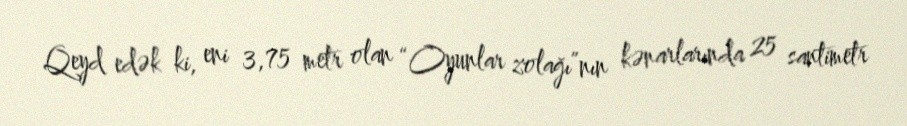
Qeyd edək ki, eni 3,75 metr olan “Oyunlar zolağı”nın kənarlarında 25 santimetr